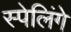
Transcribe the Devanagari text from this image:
स्पेलिंगे